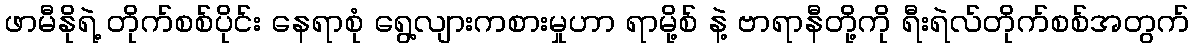
ဖာမီနိုရဲ့ တိုက်စစ်ပိုင်း နေရာစုံ ရွေ့လျားကစားမှုဟာ ရာမို့စ် နဲ့ ဗာရာနီတို့ကို ရီးရဲလ်တိုက်စစ်အတွက်